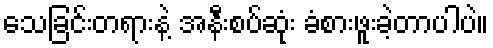
သေခြင်းတရားနဲ့ အနီးစပ်ဆုံး ခံစားဖူးခဲ့တာပါပဲ။